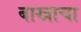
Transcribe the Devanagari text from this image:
बाखाचा